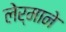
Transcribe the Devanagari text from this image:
लेर्माने